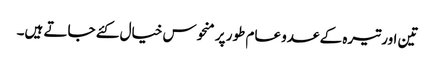
تین اور تیرہ کے عدو عام طور پر منحوس خیال کئے جاتے ہیں۔